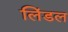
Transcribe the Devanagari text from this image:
लिंडल